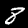
Digit: 8